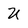
Character: U